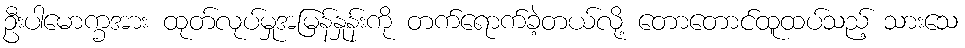
ဦးပါမောက္ခအား ထုတ်လုပ်မှုအမြန်နှုန်းကို တက်ရောက်ခဲ့တယ်လို့ တောတောင်ထူထပ်သည့် သားသေ